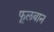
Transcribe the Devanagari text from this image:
फूलबान